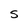
Character: S